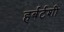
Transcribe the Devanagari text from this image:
हर्बर्टशी